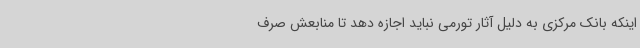
اینکه بانک مرکزی به دلیل آثار تورمی نباید اجازه دهد تا منابعش صرف